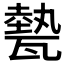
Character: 𤮅